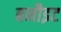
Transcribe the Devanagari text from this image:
बनौइट